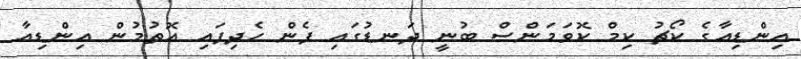
އިންޑިއާގެ ކޯޗު ކިމް ކޮވަމަންސް ބުނީ ދަނޑުގައި ފެން ހެދިފައި އޮތުމުން އިންޑިއާ